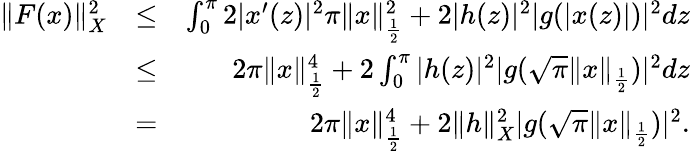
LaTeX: \begin{array}{rlr}{\| F(x)\| _{X}^{2}}&{\leq}&{\int_{0}^{\pi}2|x^{\prime}(z)|^{2}\pi\| x\| _{\frac{1}{2}}^{2}+2|h(z)|^{2}|g(|x(z)|)|^{2}dz}\\ &{\leq}&{2\pi\| x\| _{\frac{1}{2}}^{4}+2\int_{0}^{\pi}|h(z)|^{2}|g(\sqrt{\pi}\| x\| _{\frac{1}{2}})|^{2}dz}\\ &{=}&{2\pi\| x\| _{\frac{1}{2}}^{4}+2\| h\| _{X}^{2}|g(\sqrt{\pi}\| x\| _{\frac{1}{2}})|^{2}.}\end{array}